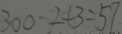
3 0 0 - 2 4 3 = 5 7